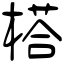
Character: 榙